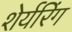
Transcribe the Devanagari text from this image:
शेर्यरिंग